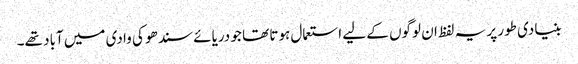
بنیادی طور پر یہ لفظ ان لوگوں کے لیے استعمال ہوتا تھا جو دریائے سندھو کی وادی میں آباد تھے۔